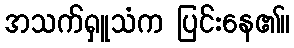
အသက်ရှူသံက ပြင်းနေ၏။